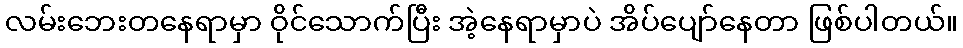
လမ်းဘေးတနေရာမှာ ဝိုင်သောက်ပြီး အဲ့နေရာမှာပဲ အိပ်ပျော်နေတာ ဖြစ်ပါတယ်။